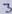
Text: 3